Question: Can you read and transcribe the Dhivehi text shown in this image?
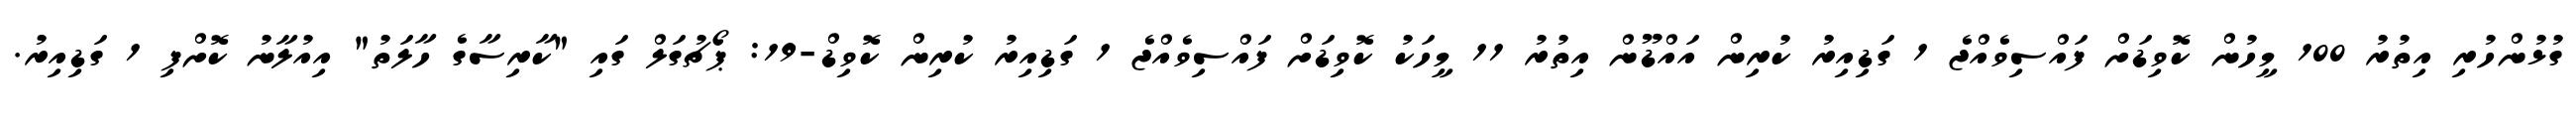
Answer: ގުޅުންހުރި އިތުރު 100 މީހުން ކޮވިޑަށް ފައްސިވެއްޖެ 1 ގަޑިއިރު ކުރިން އައްޑޫން އިތުރު 11 މީހަކު ކޮވިޑަށް ފައްސިވެއްޖެ 1 ގަޑިއިރު ކުރިން ކޮވިޑް-19: ޕޯޗުގަލް ގައި "ކާރިސާގެ ހާލަތު" އިއުލާނު ކޮށްފި 1 ގަޑިއިރު.